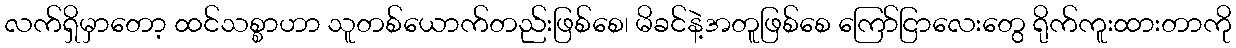
လက်ရှိမှာတော့ ထင်သစ္စာဟာ သူတစ်ယောက်တည်းဖြစ်စေ၊ မိခင်နဲ့အတူဖြစ်စေ ကြော်ငြာလေးတွေ ရိုက်ကူးထားတာကို